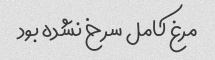
مرغ کامل سرخ نشده بود